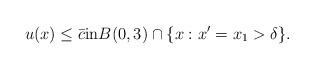
LaTeX: \begin{align*}u(x) \leq \bar c \textrm{in} B(0,3) \cap \{x : x' = x_1 > \delta\}.\end{align*}